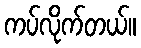
ကပ်လိုက်တယ်။